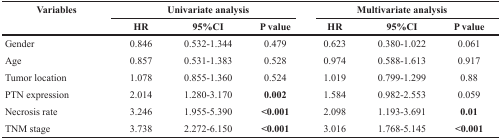
| <ROWSPAN=2> Variables | <COLSPAN=3> Univariate analysis | <COLSPAN=3> Multivariate analysis |
 | HR | 95%CI | P value | HR | 95%CI | P value |
 | --- | --- | --- | --- | --- | --- | --- |
 | Gender | 0.846 | 0.532-1.344 | 0.479 | 0.623 | 0.380-1.022 | 0.061 |
 | Age | 0.857 | 0.531-1.383 | 0.528 | 0.974 | 0.588-1.613 | 0.917 |
 | Tumor location | 1.078 | 0.855-1.360 | 0.524 | 1.019 | 0.799-1.299 | 0.88 |
 | PTN expression | 2.014 | 1.280-3.170 | 0.002 | 1.584 | 0.982-2.553 | 0.059 |
 | Necrosis rate | 3.246 | 1.955-5.390 | <0.001 | 2.098 | 1.193-3.691 | 0.01 |
 | TNM stage | 3.738 | 2.272-6.150 | <0.001 | 3.016 | 1.768-5.145 | <0.001 |